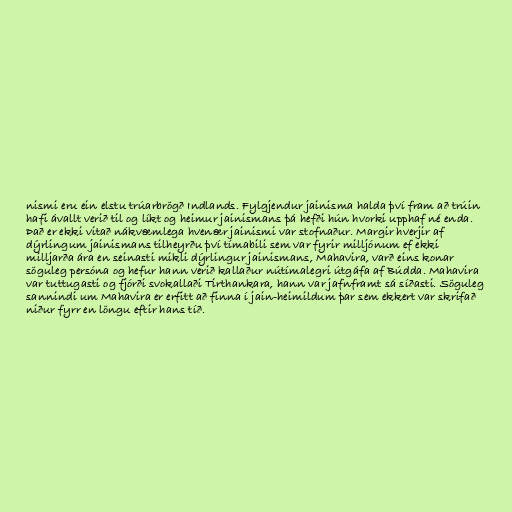
nismi eru ein elstu trúarbrögð Indlands. Fylgjendur jainisma halda því fram að trúin
hafi ávallt verið til og líkt og heimur jainismans þá hefði hún hvorki upphaf né enda.
Það er ekki vitað nákvæmlega hvenær jainismi var stofnaður. Margir hverjir af
dýrlingum jainismans tilheyrðu því tímabili sem var fyrir milljónum ef ekki
milljarða ára en seinasti mikli dýrlingur jainismans, Mahavira, varð eins konar
söguleg persóna og hefur hann verið kallaður nútímalegri útgáfa af Búdda. Mahavira
var tuttugasti og fjórði svokallaði Tirthankara, hann var jafnframt sá síðasti. Söguleg
sannindi um Mahavira er erfitt að finna í jain-heimildum þar sem ekkert var skrifað
niður fyrr en löngu eftir hans tíð.